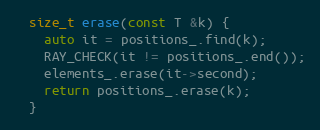
Language: C
  size_t erase(const T &k) {
    auto it = positions_.find(k);
    RAY_CHECK(it != positions_.end());
    elements_.erase(it->second);
    return positions_.erase(k);
  }